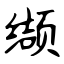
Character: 缬